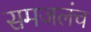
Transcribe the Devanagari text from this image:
समजलंच